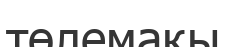
төлемақы